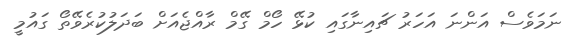
ނަމަވެސް އަންނަ އަހަރު ޗައިނާގައި ކުޅޭ ހޯމް ގޭމް ރާއްޖެއަށް ބަދަލުކުރެވޭތޯ ގައުމީ